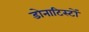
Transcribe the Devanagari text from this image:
डोनाटिस्टों